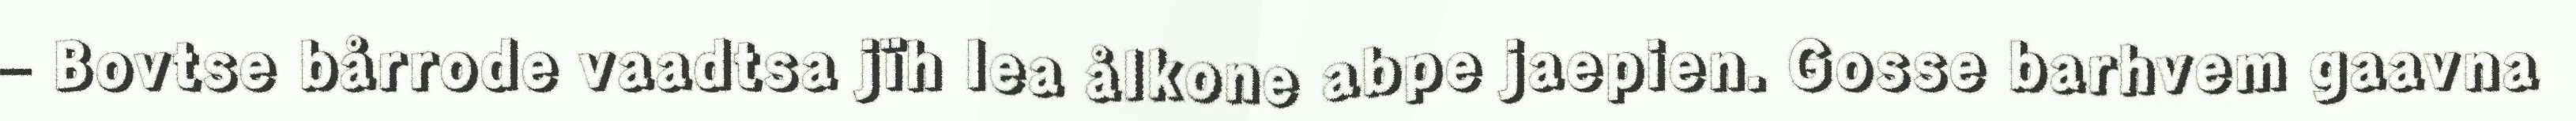
– Bovtse bårrode vaadtsa jïh lea ålkone abpe jaepien. Gosse barhvem gaavna